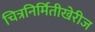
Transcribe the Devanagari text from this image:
चित्रनिर्मितीखेरीज